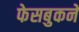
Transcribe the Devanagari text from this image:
फेसबुकने